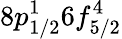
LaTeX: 8p_{1/2}^{1}6f_{5/2}^{4}